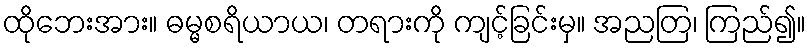
ထိုဘေးအား။ ဓမ္မစရိယာယ၊ တရားကို ကျင့်ခြင်းမှ။ အညတြ၊ ကြည်၍။